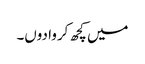
میں کچھ کروا دوں۔